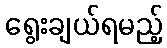
ရွေးချယ်ရမည့်